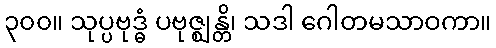
၃၀၀။ သုပ္ပဗုဒ္ဓံ ပဗုဇ္ဈန္တိ၊ သဒါ ဂေါတမသာဝကာ။